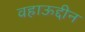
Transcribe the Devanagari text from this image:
वहाऊद्दीन